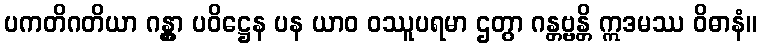
ပကတိဂတိယာ ဂန္တွာ ပဝိဋ္ဌေန ပန ယာဝ ဝဿူပရမာ ဌတွာ ဂန္တဗ္ဗန္တိ ဣဒမဿ ဝိဓာနံ။